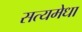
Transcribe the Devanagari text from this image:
सत्यमेधा